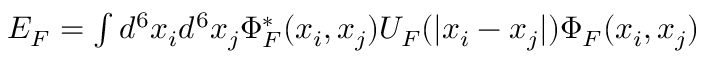
\begin{array} { r } { E _ { F } = \int d ^ { 6 } x _ { i } d ^ { 6 } x _ { j } \Phi _ { F } ^ { * } ( x _ { i } , x _ { j } ) U _ { F } ( | x _ { i } - x _ { j } | ) \Phi _ { F } ( x _ { i } , x _ { j } ) } \end{array}